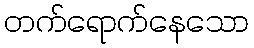
တက်ရောက်နေသော